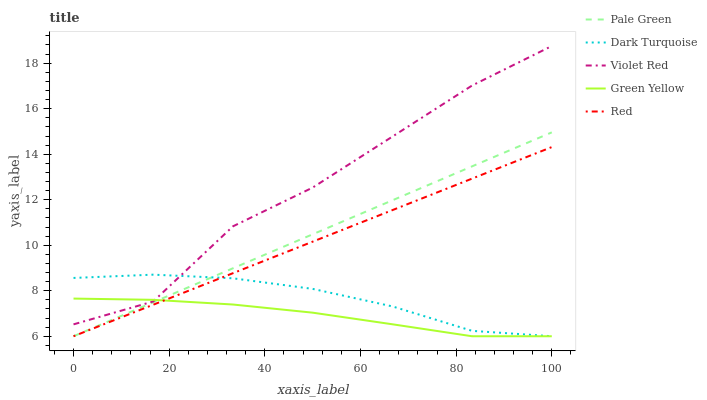
| xaxis_label | Pale Green | Dark Turquoise | Violet Red | Green Yellow | Red |
 | --- | --- | --- | --- | --- | --- |
 | 0 | 6 | 8.56 | 6.52 | 7.66 | 6 |
 | 16.7 | 7.49 | 8.71 | 7.53 | 7.6 | 7.39 |
 | 33.3 | 8.99 | 8.55 | 10.8 | 7.39 | 8.77 |
 | 50 | 10.5 | 8.08 | 12.5 | 7.04 | 10.2 |
 | 66.7 | 12 | 7.31 | 14.8 | 6.53 | 11.5 |
 | 83.3 | 13.5 | 6.24 | 17 | 6 | 12.9 |
 | 100 | 15 | 6 | 18.8 | 6 | 14.3 |